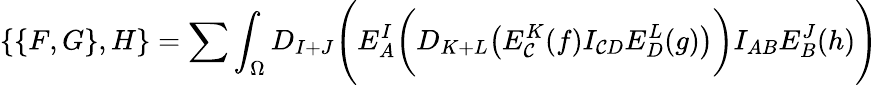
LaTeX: \{ \{ F,G\} ,H\} =\sum\int_{\Omega}D_{I+J}\Biggl(E_{A}^{I}\biggl(D_{K+L}\bigl(E_{\mathcal{C}}^{K}(f)I_{\mathcal{C}D}E_{D}^{L}(g)\bigr)\biggr)I_{AB}E_{B}^{J}(h)\Biggr)